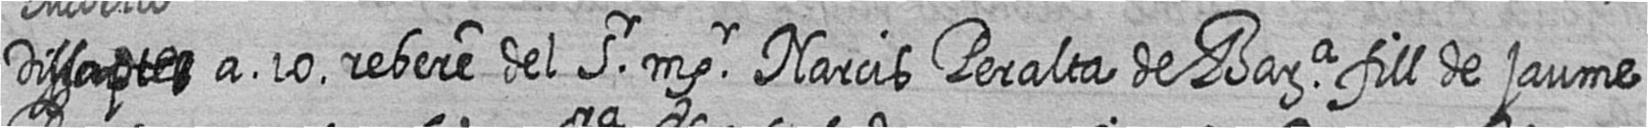
Dissapte# a 10 rebere del Sr msr Narcis Peralta de Bara fill de jaume